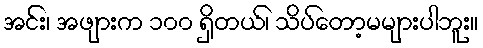
အင်း၊ အဖျားက ၁၀၀ ရှိတယ်၊ သိပ်တော့မများပါဘူး။